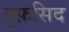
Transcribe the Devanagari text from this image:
मुफ़सिद